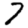
Digit: 7